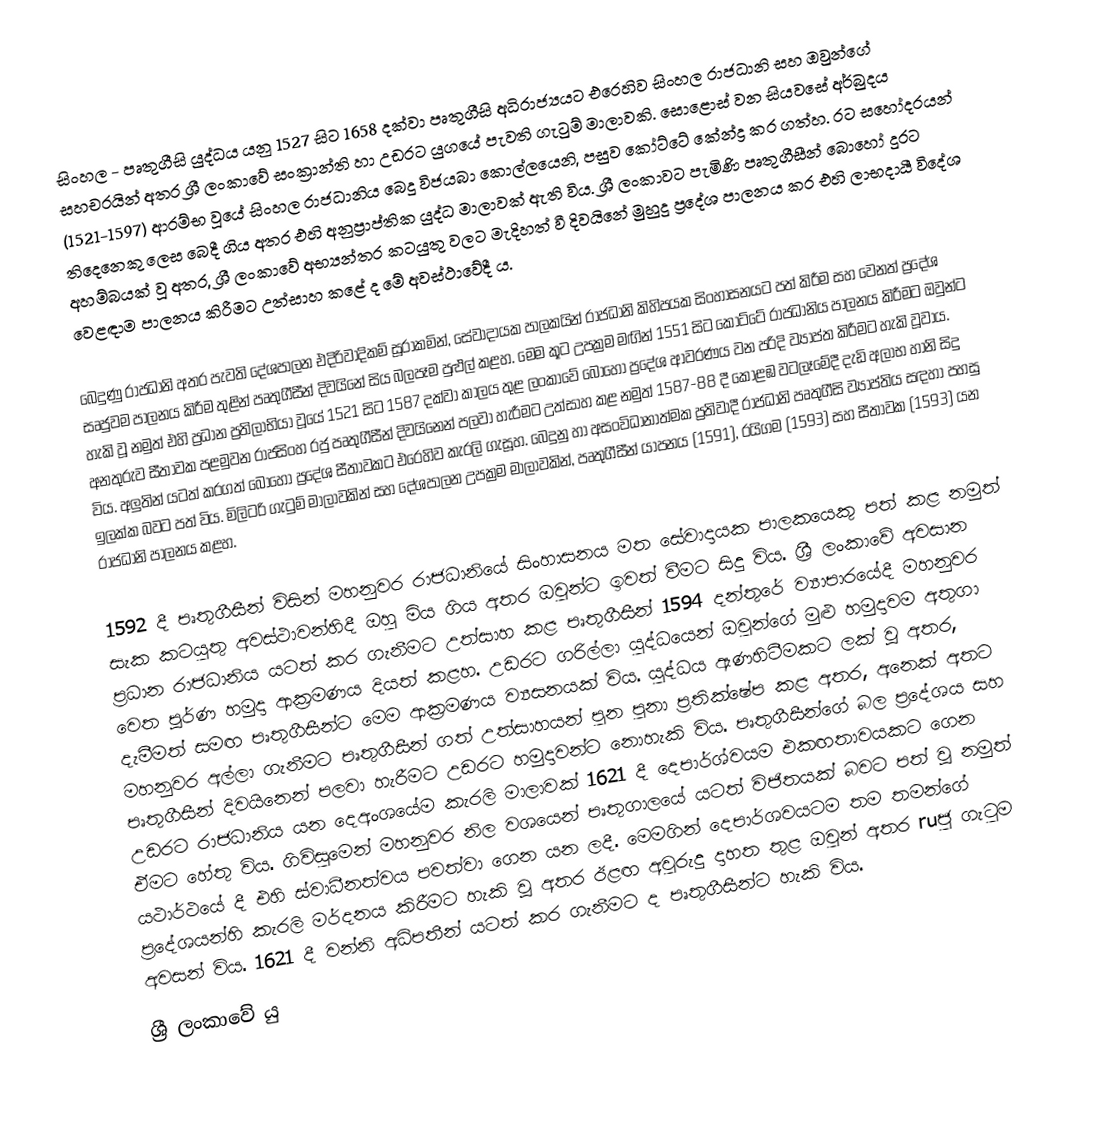
සිංහල - පෘතුගීසි යුද්ධය යනු 1527 සිට 1658 දක්වා පෘතුගීසි අධිරාජ්‍යයට එරෙහිව සිංහල රාජධානි සහ ඔවුන්ගේ සහචරයින් අතර ශ්‍රී ලංකාවේ සංක්‍රාන්ති හා උඩරට යුගයේ පැවති ගැටුම් මාලාවකි. සොළොස් වන සියවසේ අර්බුදය (1521-1597) ආරම්භ වූයේ සිංහල රාජධානිය බෙදූ විජයබා කොල්ලයෙනි, පසුව කෝට්ටේ කේන්ද්‍ර කර ගත්හ. රට සහෝදරයන් තිදෙනෙකු ලෙස බෙදී ගිය අතර එහි අනුප්‍රාප්තික යුද්ධ මාලාවක් ඇති විය. ශ්‍රී ලංකාවට පැමිණි පෘතුගීසීන් බොහෝ දුරට අහම්බයක් වූ අතර, ශ්‍රී ලංකාවේ අභ්‍යන්තර කටයුතු වලට මැදිහත් වී දිවයිනේ මුහුදු ප්‍රදේශ පාලනය කර එහි ලාභදායී විදේශ වෙළඳාම පාලනය කිරීමට උත්සාහ කළේ ද මේ අවස්ථාවේදී ය.

බෙදුණු රාජධානි අතර පැවති දේශපාලන එදිරිවාදිකම් සූරාකමින්, සේවාදායක පාලකයින් රාජධානි කිහිපයක සිංහාසනයට පත් කිරීම සහ වෙනත් ප්‍රදේශ සෘජුවම පාලනය කිරීම තුළින් පෘතුගීසීන් දිවයිනේ සිය බලපෑම පුළුල් කළහ. මෙම කූට උපක්‍රම මඟින් 1551 සිට කෝට්ටේ රාජධානිය පාලනය කිරීමට ඔවුන්ට හැකි වූ නමුත් එහි ප්‍රධාන ප්‍රතිලාභියා වූයේ 1521 සිට 1587 දක්වා කාලය තුළ ලංකාවේ බොහෝ ප්‍රදේශ ආවරණය වන පරිදි ව්‍යාප්ත කිරීමට හැකි වූවාය. අනතුරුව සීතාවක පළමුවන රාජසිංහ රජු පෘතුගීසීන් දිවයිනෙන් පලවා හැරීමට උත්සාහ කළ නමුත් 1587-88 දී කොළඹ වටලෑමේදී දැඩි අලාභ හානි සිදු විය. අලුතින් යටත් කරගත් බොහෝ ප්‍රදේශ සීතාවකට එරෙහිව කැරලි ගැසූහ. බෙදුනු හා අසංවිධානාත්මක ප්‍රතිවාදී රාජධානි පෘතුගීසි ව්‍යාප්තිය සඳහා පහසු ඉලක්ක බවට පත් විය. මිලිටරි ගැටුම් මාලාවකින් සහ දේශපාලන උපක්‍රම මාලාවකින්, පෘතුගීසීන් යාපනය (1591), රයිගම (1593) සහ සීතාවක (1593) යන රාජධානි පාලනය කළහ.

1592 දී පෘතුගීසීන් විසින් මහනුවර රාජධානියේ සිංහාසනය මත සේවාදායක පාලකයෙකු පත් කළ නමුත් සැක කටයුතු අවස්ථාවන්හිදී ඔහු මිය ගිය අතර ඔවුන්ට ඉවත් වීමට සිදු විය. ශ්‍රී ලංකාවේ අවසාන ප්‍රධාන රාජධානිය යටත් කර ගැනීමට උත්සාහ කළ පෘතුගීසීන් 1594 දන්තුරේ ව්‍යාපාරයේදී මහනුවර වෙත පූර්ණ හමුදා ආක්‍රමණය දියත් කළහ. උඩරට ගරිල්ලා යුද්ධයෙන් ඔවුන්ගේ මුළු හමුදාවම අතුගා දැමීමත් සමඟ පෘතුගීසීන්ට මෙම ආක්‍රමණය ව්‍යසනයක් විය. යුද්ධය ඇණහිටීමකට ලක් වූ අතර, මහනුවර අල්ලා ගැනීමට පෘතුගීසීන් ගත් උත්සාහයන් පුන පුනා ප්‍රතික්ෂේප කළ අතර, අනෙක් අතට පෘතුගීසීන් දිවයිනෙන් පලවා හැරීමට උඩරට හමුදාවන්ට නොහැකි විය. පෘතුගීසීන්ගේ බල ප්‍රදේශය සහ උඩරට රාජධානිය යන දෙඅංශයේම කැරලි මාලාවක් 1621 දී දෙපාර්ශ්වයම එකඟතාවයකට ගෙන ඒමට හේතු විය. ගිවිසුමෙන් මහනුවර නිල වශයෙන් පෘතුගාලයේ යටත් විජිතයක් බවට පත් වූ නමුත් යථාර්ථයේ දී එහි ස්වාධීනත්වය පවත්වා ගෙන යන ලදී. මෙමගින් දෙපාර්ශවයටම තම තමන්ගේ ප්‍රදේශයන්හි කැරලි මර්දනය කිරීමට හැකි වූ අතර ඊළඟ අවුරුදු දාහත තුළ ඔවුන් අතර  ruජු ගැටුම අවසන් විය. 1621 දී වන්නි අධිපතීන් යටත් කර ගැනීමට ද පෘතුගීසීන්ට හැකි විය. 
ශ්‍රී ලංකාවේ යු